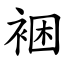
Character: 裍